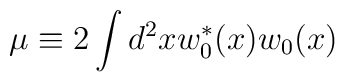
\mu\equiv 2\int d^2x w^*_0(x) w_0(x)